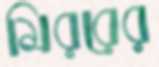
মিররের